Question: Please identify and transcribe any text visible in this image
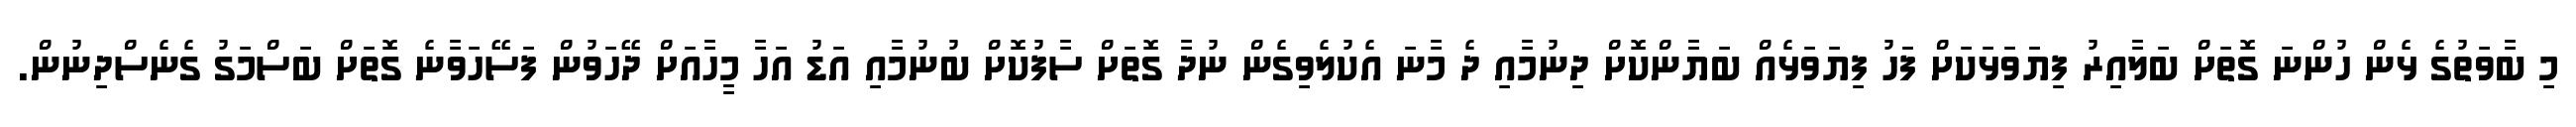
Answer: މި ބާވަތުގެ ޅެން ހުންނަ ގޮތަށް ބަލާއިރު ފިޔަވަޅަކަށް ފަހު ފިޔަވަޅެއް ބަޔާންކޮށް ދިނުމާއި ދެ މާނަ އެކުލެވިގެން ނުދާ ގޮތަށް ސާފުކޮށް ބުނުމާއި އަޑު އަހާ މީހާއަށް ދޭހަވުން ފަސޭހަވާނެ ގޮތަށް ބަސްމަގު ގެނެސްދިނުން.